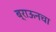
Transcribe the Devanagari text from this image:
ब्राऊनचा